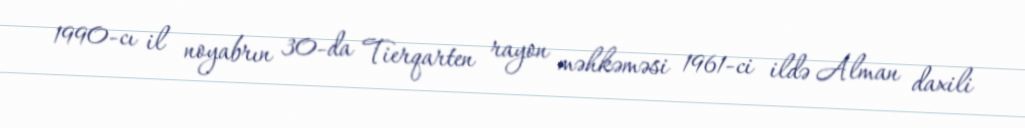
1990-cı il noyabrın 30-da Tierqarten rayon məhkəməsi 1961-ci ildə Alman daxili